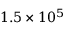
1 . 5 \times 1 0 ^ { 5 }